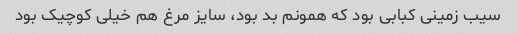
سیب زمینی کبابی بود که همونم بد بود، سایز مرغ هم خیلی کوچیک بود